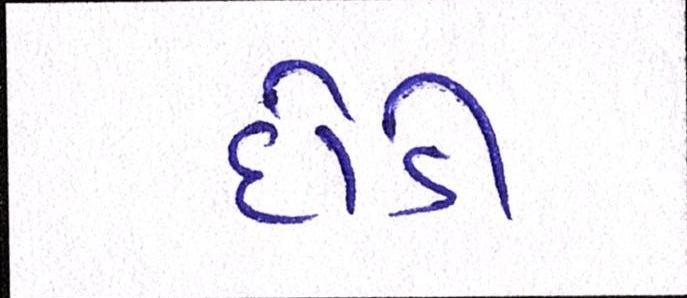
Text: દોડી